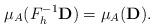
LaTeX: \begin{align*}\mu_A (F_{h}^{-1}{\bf D} ) = \mu_A({\bf D}) . \end{align*}